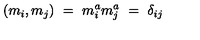
( m _ { i } , m _ { j } ) \ = \ m _ { i } ^ { a } m _ { j } ^ { a } \ = \ \delta _ { i j }